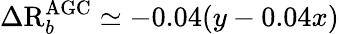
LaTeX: \Delta\mathrm{R}_{b}^{\mathrm{AGC}}\simeq-0.04(y-0.04x)